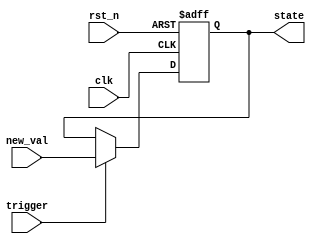
module hold_condition (
    input wire clk,           // Clock signal
    input wire rst_n,        // Active low reset
    input wire trigger,      // Trigger condition for releasing hold
    input wire [7:0] new_val, // New value to be assigned when trigger is high
    output reg [7:0] state   // Current state output
);

    // Initial state declaration
    initial begin
        state = 8'b0; // Initialize the state variable to zero
    end

    // Process block: sensitive to the rising edge of the clock or the reset signal
    always @(posedge clk or negedge rst_n) begin
        if (!rst_n) begin
            // Reset condition: clear the state variable
            state <= 8'b0;
        end else if (trigger) begin
            // If trigger is high, update the state with the new value
            state <= new_val;
        end
        // If neither reset nor trigger occurs, hold the current state
    end

endmodule